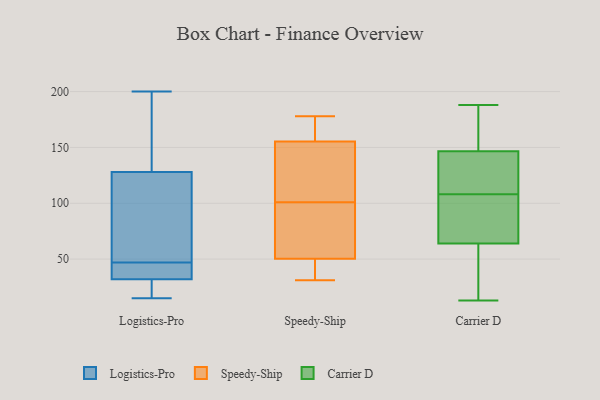
{"axis": {"x": "Operating Costs (USD K)", "y": "Value"}, "legend": ["Carrier D", "Logistics-Pro", "Speedy-Ship"], "data": [{"x": "", "y": 35, "type": "Logistics-Pro"}, {"x": "", "y": 168, "type": "Logistics-Pro"}, {"x": "", "y": 33, "type": "Logistics-Pro"}, {"x": "", "y": 32, "type": "Logistics-Pro"}, {"x": "", "y": 94, "type": "Logistics-Pro"}, {"x": "", "y": 16, "type": "Logistics-Pro"}, {"x": "", "y": 18, "type": "Logistics-Pro"}, {"x": "", "y": 128, "type": "Logistics-Pro"}, {"x": "", "y": 142, "type": "Logistics-Pro"}, {"x": "", "y": 82, "type": "Logistics-Pro"}, {"x": "", "y": 15, "type": "Logistics-Pro"}, {"x": "", "y": 59, "type": "Logistics-Pro"}, {"x": "", "y": 33, "type": "Logistics-Pro"}, {"x": "", "y": 200, "type": "Logistics-Pro"}, {"x": "", "y": 178, "type": "Speedy-Ship"}, {"x": "", "y": 141, "type": "Speedy-Ship"}, {"x": "", "y": 60, "type": "Speedy-Ship"}, {"x": "", "y": 175, "type": "Speedy-Ship"}, {"x": "", "y": 160, "type": "Speedy-Ship"}, {"x": "", "y": 31, "type": "Speedy-Ship"}, {"x": "", "y": 54, "type": "Speedy-Ship"}, {"x": "", "y": 42, "type": "Speedy-Ship"}, {"x": "", "y": 101, "type": "Speedy-Ship"}, {"x": "", "y": 49, "type": "Speedy-Ship"}, {"x": "", "y": 103, "type": "Speedy-Ship"}, {"x": "", "y": 31, "type": "Carrier D"}, {"x": "", "y": 92, "type": "Carrier D"}, {"x": "", "y": 124, "type": "Carrier D"}, {"x": "", "y": 107, "type": "Carrier D"}, {"x": "", "y": 188, "type": "Carrier D"}, {"x": "", "y": 149, "type": "Carrier D"}, {"x": "", "y": 65, "type": "Carrier D"}, {"x": "", "y": 40, "type": "Carrier D"}, {"x": "", "y": 63, "type": "Carrier D"}, {"x": "", "y": 13, "type": "Carrier D"}, {"x": "", "y": 170, "type": "Carrier D"}, {"x": "", "y": 103, "type": "Carrier D"}, {"x": "", "y": 109, "type": "Carrier D"}, {"x": "", "y": 186, "type": "Carrier D"}, {"x": "", "y": 68, "type": "Carrier D"}, {"x": "", "y": 183, "type": "Carrier D"}, {"x": "", "y": 144, "type": "Carrier D"}, {"x": "", "y": 116, "type": "Carrier D"}, {"x": "", "y": 36, "type": "Carrier D"}, {"x": "", "y": 127, "type": "Carrier D"}]}